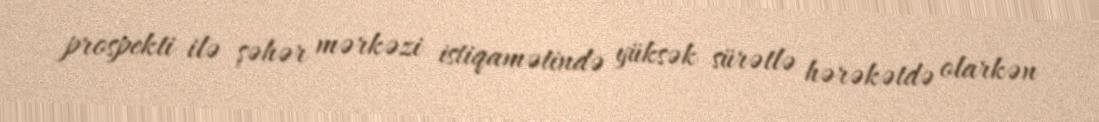
prospekti ilə şəhər mərkəzi istiqamətində yüksək sürətlə hərəkətdə olarkən